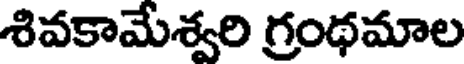
శివకామేశ్వరి గ్రంథమాల